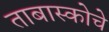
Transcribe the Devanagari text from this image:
ताबास्कोचे